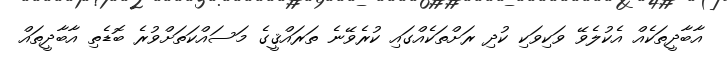
އާބާދީތަކެއް އެކުލެވޭ ވަކިވަކި ކުދި ރަށްތަކެއްގައި ކުރެވޭނެ ތަރައްޤީގެ މަސައްކަތަށްވުރެ ބޮޑެތި އާބާދީތައް